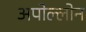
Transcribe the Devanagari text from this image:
अपोल्लोन